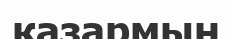
қазармын